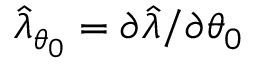
\widehat { \lambda } _ { \theta _ { 0 } } = \partial \widehat { \lambda } / \partial \theta _ { 0 }